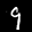
Label: 9